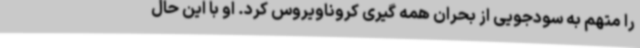
را متهم به سودجویی از بحران همه گیری کروناویروس کرد. او با این حال